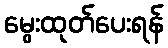
မွေးထုတ်ပေးရန်